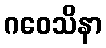
ဂဝေသိနာ